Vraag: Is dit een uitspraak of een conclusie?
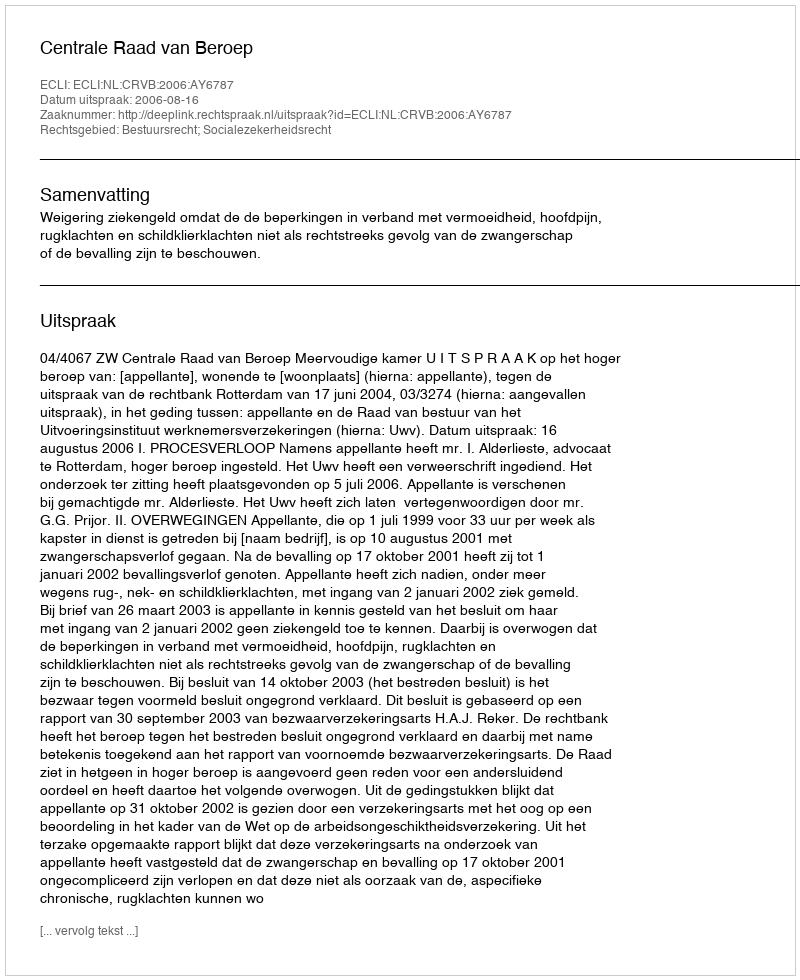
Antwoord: Uitspraak